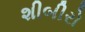
શીબીરો